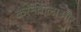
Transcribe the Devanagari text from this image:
करनेवालाऔर